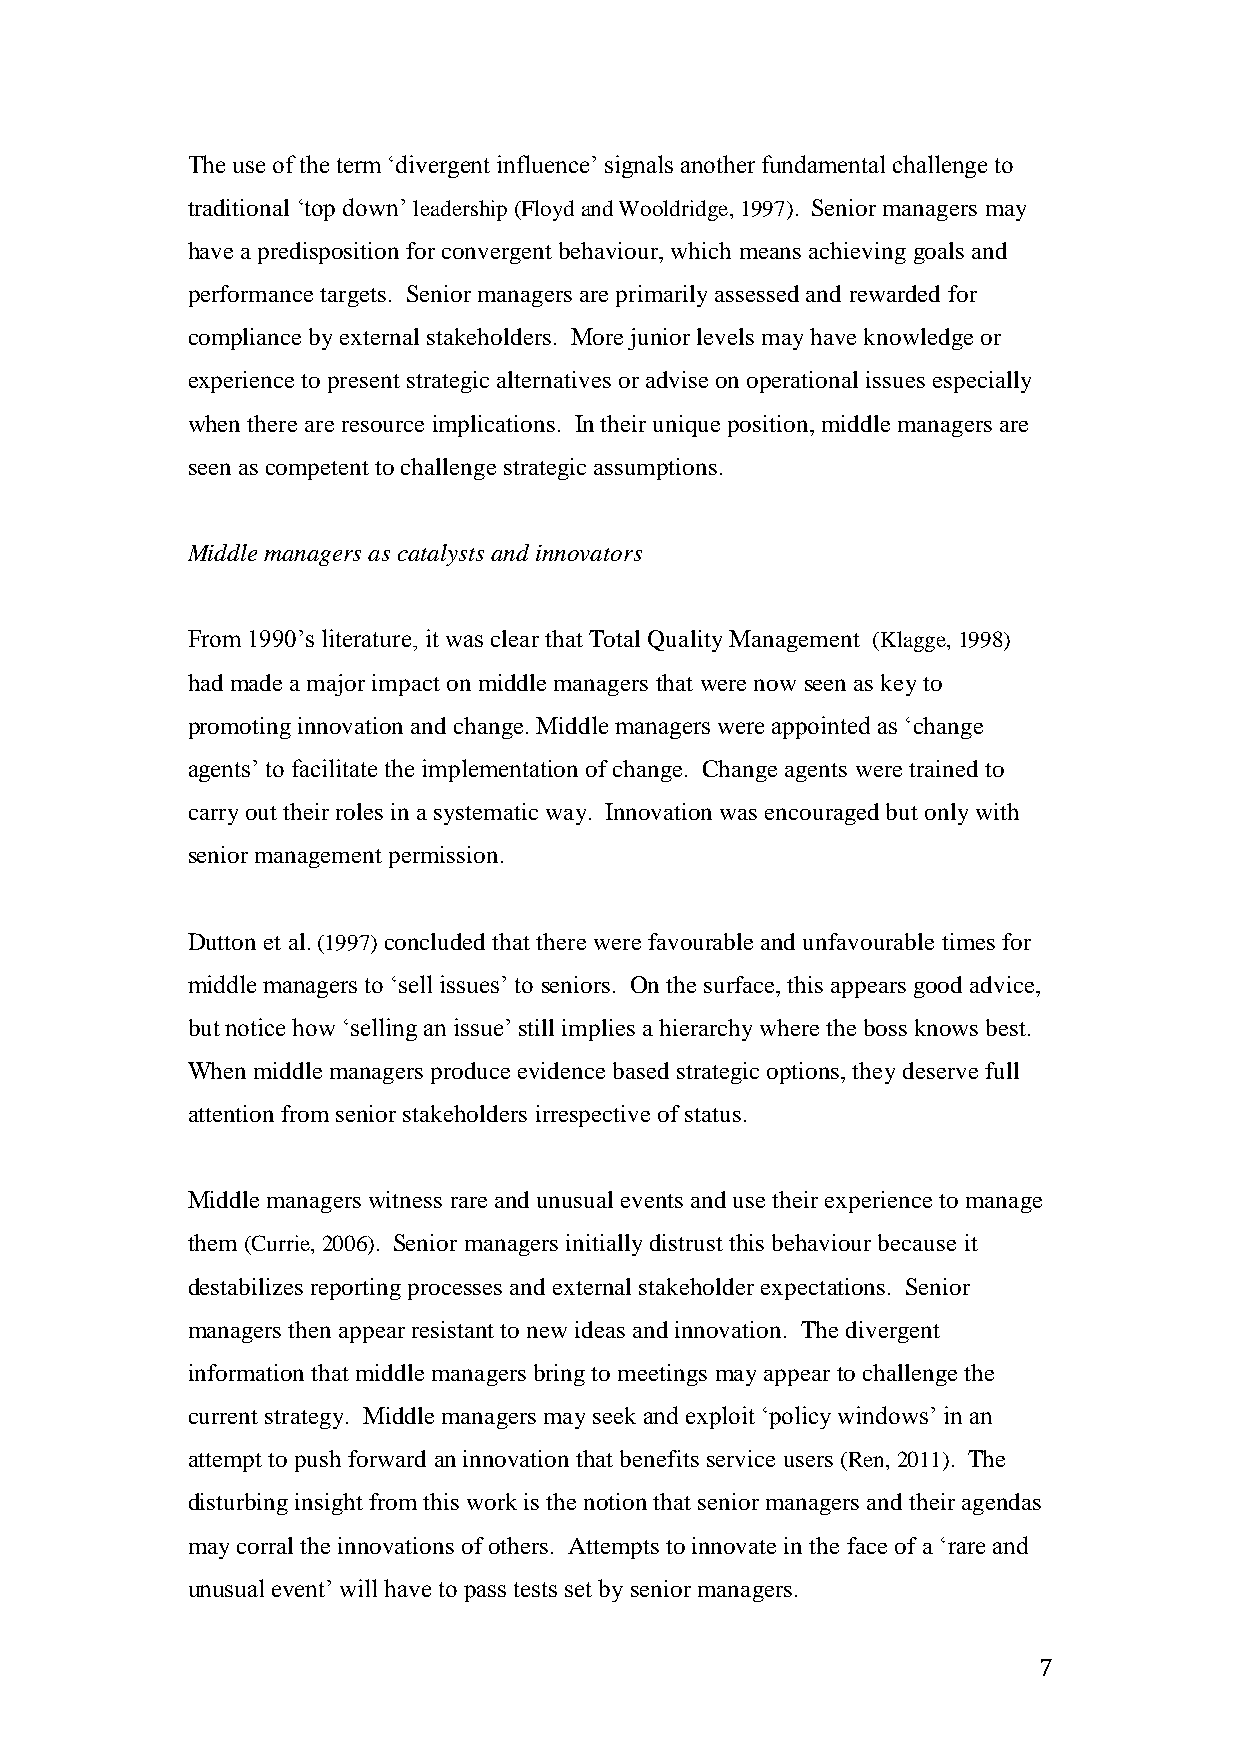
The use of the term ‘divergent influence’ signals another fundamental challenge to
 traditional ‘top down’ leadership (Floyd and Wooldridge, 1997). Senior managers may
 have a predisposition for convergent behaviour, which means achieving goals and
 performance targets. Senior managers are primarily assessed and rewarded for
 compliance by external stakeholders. More junior levels may have knowledge or
 experience to present strategic alternatives or advise on operational issues especially
 when there are resource implications. In their unique position, middle managers are
 seen as competent to challenge strategic assumptions.
 Middle managers as catalysts and innovators
 From 1990’s literature, it was clear that Total Quality Management (Klagge, 1998)
 had made a major impact on middle managers that were now seen as key to
 promoting innovation and change. Middle managers were appointed as ‘change
 agents’ to facilitate the implementation of change. Change agents were trained to
 carry out their roles in a systematic way. Innovation was encouraged but only with
 senior management permission.
 Dutton et al. (1997) concluded that there were favourable and unfavourable times for
 middle managers to ‘sell issues’ to seniors. On the surface, this appears good advice,
 but notice how ‘selling an issue’ still implies a hierarchy where the boss knows best.
 When middle managers produce evidence based strategic options, they deserve full
 attention from senior stakeholders irrespective of status.
 Middle managers witness rare and unusual events and use their experience to manage
 them (Currie, 2006). Senior managers initially distrust this behaviour because it
 destabilizes reporting processes and external stakeholder expectations. Senior
 managers then appear resistant to new ideas and innovation. The divergent
 information that middle managers bring to meetings may appear to challenge the
 current strategy. Middle managers may seek and exploit ‘policy windows’ in an
 attempt to push forward an innovation that benefits service users (Ren, 2011). The
 disturbing insight from this work is the notion that senior managers and their agendas
 may corral the innovations of others. Attempts to innovate in the face of a ‘rare and
 unusual event’ will have to pass tests set by senior managers.
 7